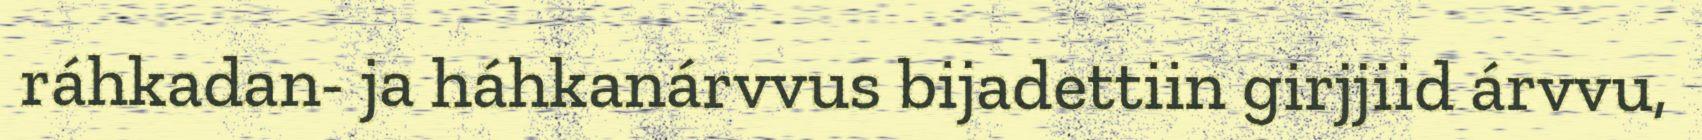
ráhkadan- ja háhkanárvvus bijadettiin girjjiid árvvu,